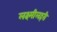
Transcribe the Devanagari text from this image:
लक्ष्मीलहरी